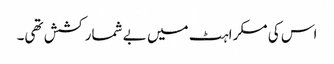
اس کی مسکراہٹ میں بے شمار کشش تھی۔